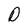
Character: D